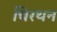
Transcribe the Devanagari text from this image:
चिरथन